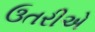
ઉતરીએ